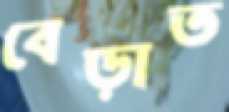
বেড়াত